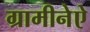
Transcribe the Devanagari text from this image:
ग्रामीनेऐ